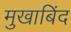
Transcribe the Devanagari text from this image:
मुखाबिंद